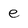
Character: e